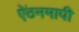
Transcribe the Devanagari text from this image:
ऐंठनमापी